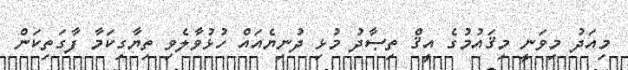
މިއަދު މިވަނީ މިޤައުމުގެ އީޤް ތިޞާދު މުޅި ދުނިޔެއައް ހުޅުވާލެވި ތިޔާގިކަމާ ފާގަތިކަން